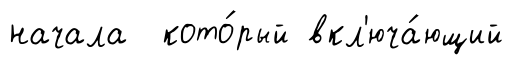
начала кото́рый вкл'юча́ющий